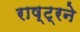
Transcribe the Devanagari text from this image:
राष्ट्रने